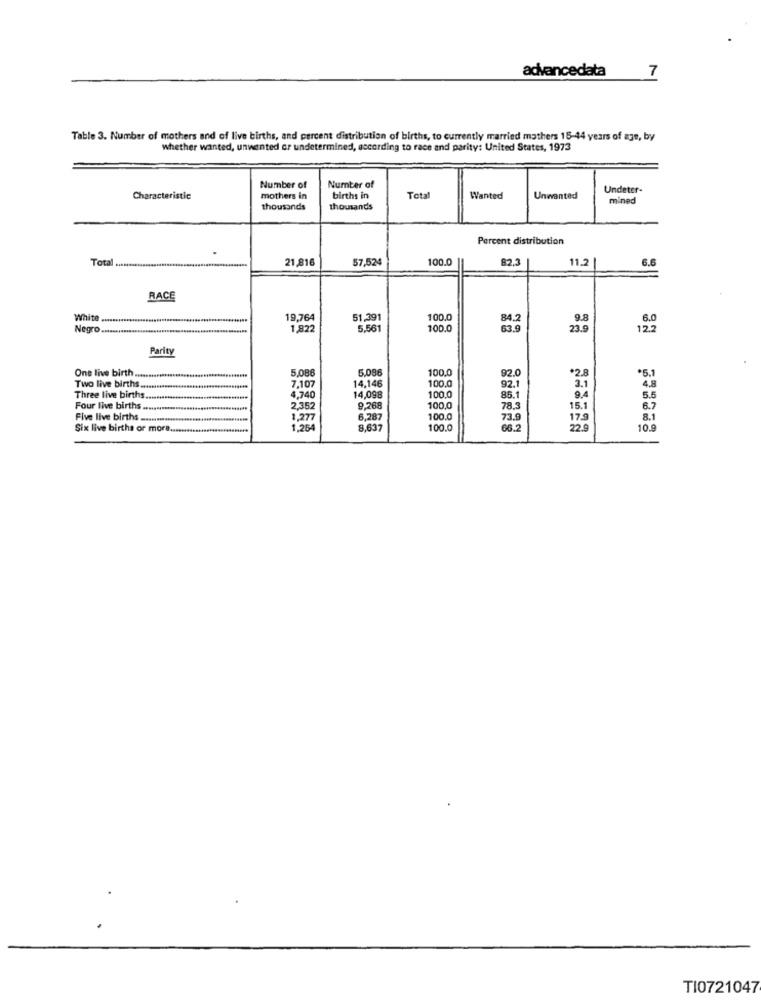
advancedata
7
Table 3. Number of mothers and of live births, and percent distribution of births, to currently married mathers 15-44 years of age, by
whether wanted, unwanted or undetermined, according to race and parity: United States, 1973
Number of
Number of
Undeter-
Characteristic
mothers in
births in
Total
Wanted
Unwanted
mined
thousands
thousands
Percent distribution
Tota
21 816
57,52
100.0
82.3
11.2
6.6
RACE
White .....
19,764
51,391
100.0
84.2
9.8
6.0
Negro .....
1,823
5.561
100.0
63.9
23.9
12.2
Parity
One live birth ..
5,086
5,086
100.0
92.0
.2.8
.5.1
14,146
100.0
92.1
4.8
Two live births ...
7,107
3.1
Three live births ..
4,740
14,098
100.
85.1
9.4
5.5
Four live births.
2,352
9,268
100,0
78.
15.1
6.7
Five live births.
1,277
6,287
100.
73.9
17.9
8.1
Six live births or more ..
1.254
8.637
100.
66.2
220
10.9
TI0721047